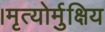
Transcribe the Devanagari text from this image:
।मृत्योर्मुक्षिय